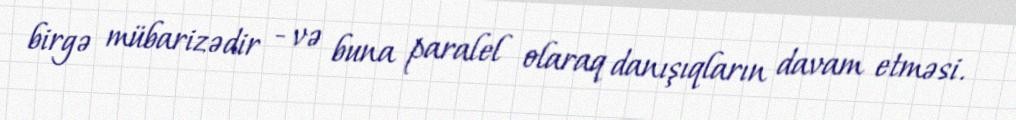
birgə mübarizədir - və buna paralel olaraq danışıqların davam etməsi.